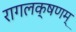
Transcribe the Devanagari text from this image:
रागलक्षणम्